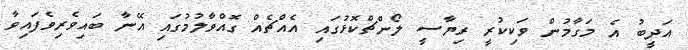
އަދީބު އެ މަގާމުން ވަކިކުރީ ރިޔާސީ ލޯންޗްކޮޅުގައި އެއްޗެއް ގޮއްވާލުމުގައި އޭނާ ބައިވެރިވެފައިވާ